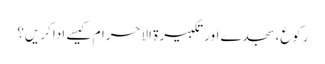
رکوع،سجدے اور تکبیرۃ الاحرام کیسے ادا کریں؟